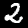
Digit: 2